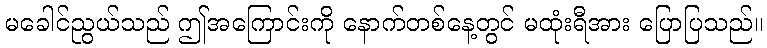
မခေါင်ညွယ်သည် ဤအကြောင်းကို နောက်တစ်နေ့တွင် မထုံးရီအား ပြောပြသည်။